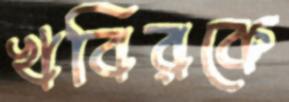
খবিরকে